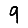
Digit: 9